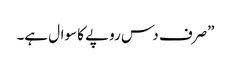
”صرف دس روپے کا سوال ہے۔